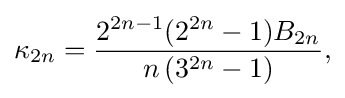
\kappa _{2n}={\frac {2^{2n-1}(2^{2n}-1)B_{2n}}{n\,(3^{2n}-1)}},\,\!